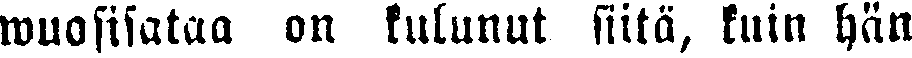
wuosisataa on kulunut siitä, kuin hän